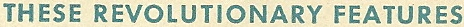
THESE REVOLUTIONARY FEATURES